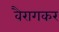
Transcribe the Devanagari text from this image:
वैरागकर